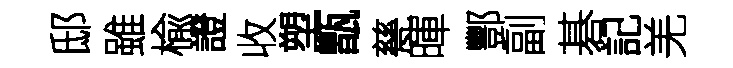
邸雖楡證收塑甑甆暉酆副碁記羌